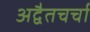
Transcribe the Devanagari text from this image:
अद्वैतचर्चा